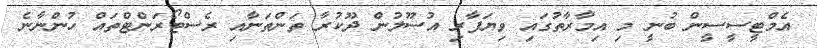
އެމްޓީސީސީން ބުނީ މި އިމާރާތުގައި ވިޔަފާރި އުސޫލުން ދޫކުރާ ތަންތަނާއި ރެސްޓޯރަންޓްތައް ހުންނާނެ